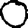
Digit: 0